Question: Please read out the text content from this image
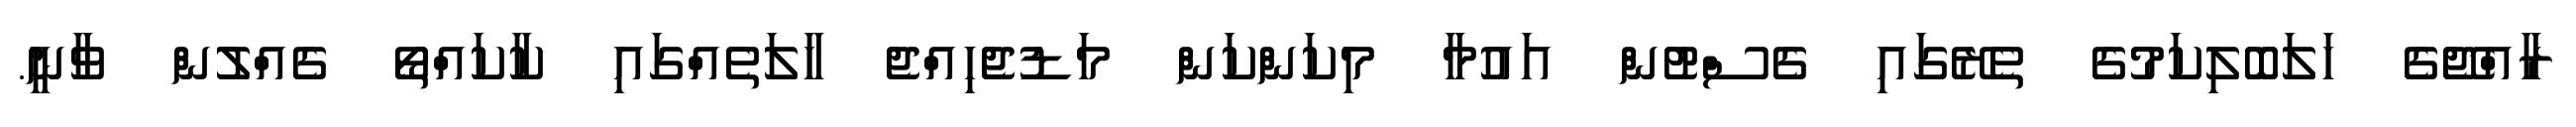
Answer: ރާއްޖޭގެ ހަލަބޮލިކަމުގެ ތެރޭގައި ގެސްޓުން އައުމާ މިކަންކަން މަޑުޖެހިއްޖެ ހާލަތެއްގައި ކާކައްތޯ ގެއްލުން ވާނީ.